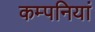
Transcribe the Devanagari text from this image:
कम्‍पनियां